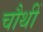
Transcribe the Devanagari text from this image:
चौथीं